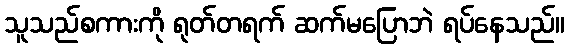
သူသည်စကားကို ရုတ်တရက် ဆက်မပြောဘဲ ရပ်နေသည်။